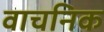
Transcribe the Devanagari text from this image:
वाचनिक